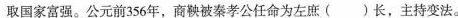
取国家富强。公元前356年，商鞅被秦孝公任命为左庶（）长，主持变法。